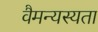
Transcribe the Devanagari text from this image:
वैमन्यस्यता